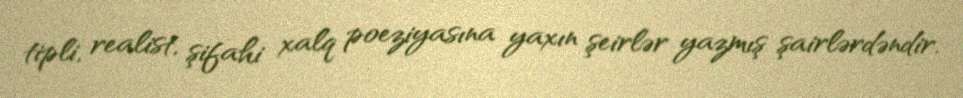
tipli, realist, şifahi xalq poeziyasına yaxın şeirlər yazmış şairlərdəndir.